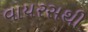
વાયરસથી